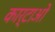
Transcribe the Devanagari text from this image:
कार्टाओ